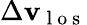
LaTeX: \Delta\mathbf{v}_{\mathrm{{~l~o~s~}}}